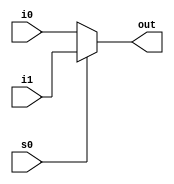
module mult2_to_1_32(out, i0, i1, s0);
output [31:0] out;
input [31:0] i0, i1;
input s0;
assign out = s0 ? i1 : i0;
endmodule